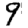
Digit: 9